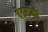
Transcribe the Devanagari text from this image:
बेडरूमों